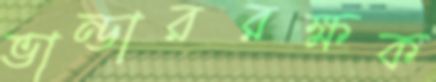
ভান্ডাররক্ষক